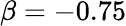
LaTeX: \beta=-0.75